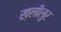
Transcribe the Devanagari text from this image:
ख़लीलुर